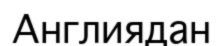
Англиядан